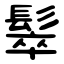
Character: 䯿